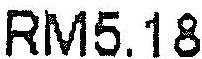
RM5.18